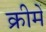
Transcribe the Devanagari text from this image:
क्रीमें